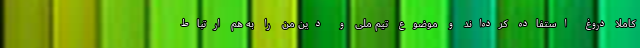
کاملا دروغ استفاده کرده‌اند و موضوع تیم ملی و دین من را به هم ارتباط